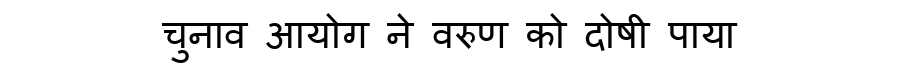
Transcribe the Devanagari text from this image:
चुनाव आयोग ने वरुण को दोषी पाया